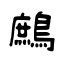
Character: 鷓